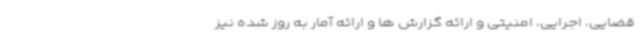
قضایی، اجرایی، امنیتی و ارائه گزارش ها و ارائه آمار به روز شده نیز